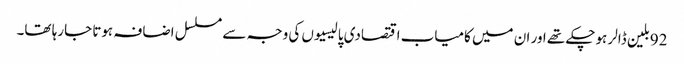
92بلین ڈالر ہوچکے تھے اور ان میں کامیاب اقتصادی پالیسیوں کی وجہ سے مسلسل اضافہ ہوتا جارہا تھا۔